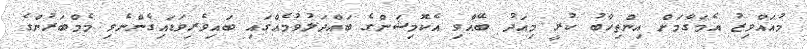
މުއައްވިޒު އެމަގާމަށް އިންތިހާބު ކުރީ މިއަދު ބޭއްވި އެކޮމިޝަންގެ ބައްދަލުވުމެއްގައި ބައިވެރިވަޑައިގެންނެވި މެމްބަރުންގެ